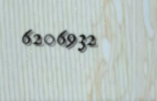
6206932